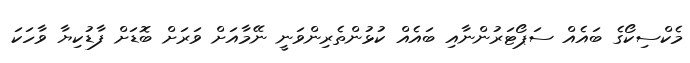
މެކްސިކޯގެ ބައެއް ސަޕޯޓަރުންނާއި ބައެއް ކުޅުންތެރިންވަނީ ނޭމާއަށް ވަރަށް ބޮޑަށް ފާޑުކިޔާ ވާހަކަ